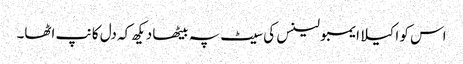
اس کو اکیلا ایمبولینس کی سیٹ پہ بیٹھا دیکھ کہ دل کانپ اٹھا۔